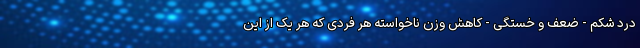
درد شکم - ضعف و خستگی - کاهش وزن ناخواسته هر فردی که هر یک از این